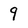
Character: 9